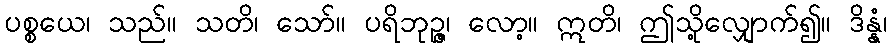
ပစ္စယေ၊ သည်။ သတိ၊ သော်။ ပရိဘုဉ္ဇ၊ လော့။ ဣတိ၊ ဤသို့လျှောက်၍။ ဒိန္နံ၊